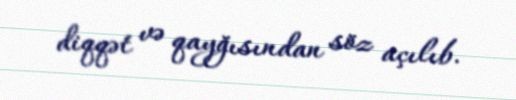
diqqət və qayğısından söz açılıb.